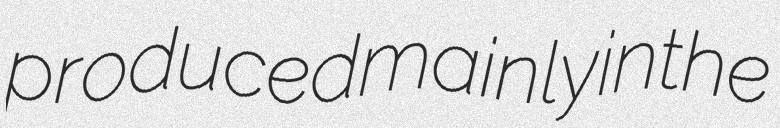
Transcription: produced mainly in the